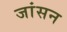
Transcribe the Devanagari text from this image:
जांसन